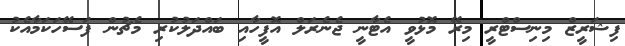
ފިޝަރީޒް މިނިސްޓްރީ މިރޭ މޮޅުވީ އެޓާނީ ޖެނެރަލް އޮފީހާއި ބައްދަލުކުރި މެޗުން ފަސޭހަކަމާއެކު